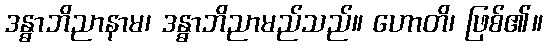
ဒန္ဓာဘိညာနာမ၊ ဒန္ဓာဘိညာမည်သည်။ ဟောတိ၊ ဖြစ်၏။